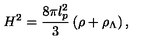
H ^ { 2 } = \frac { 8 \pi l _ { p } ^ { 2 } } { 3 } \left( \rho + \rho _ { \Lambda } \right) ,